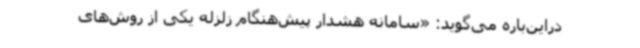
در‌این‌باره می‌گوید: «سامانه هشدار پیش‌هنگام زلزله یکی از روش‌های